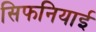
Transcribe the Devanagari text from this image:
सिफनियाई